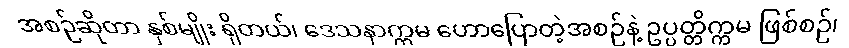
အစဉ်ဆိုတာ နှစ်မျိုး ရှိတယ်၊ ဒေသနာက္ကမ ဟောပြောတဲ့အစဉ်နဲ့ ဥပ္ပတ္တိက္ကမ ဖြစ်စဉ်၊